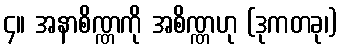
၄။ အနာစိဏ္ဏကို အစိဏ္ဏဟု (ဒုကတခု၊)